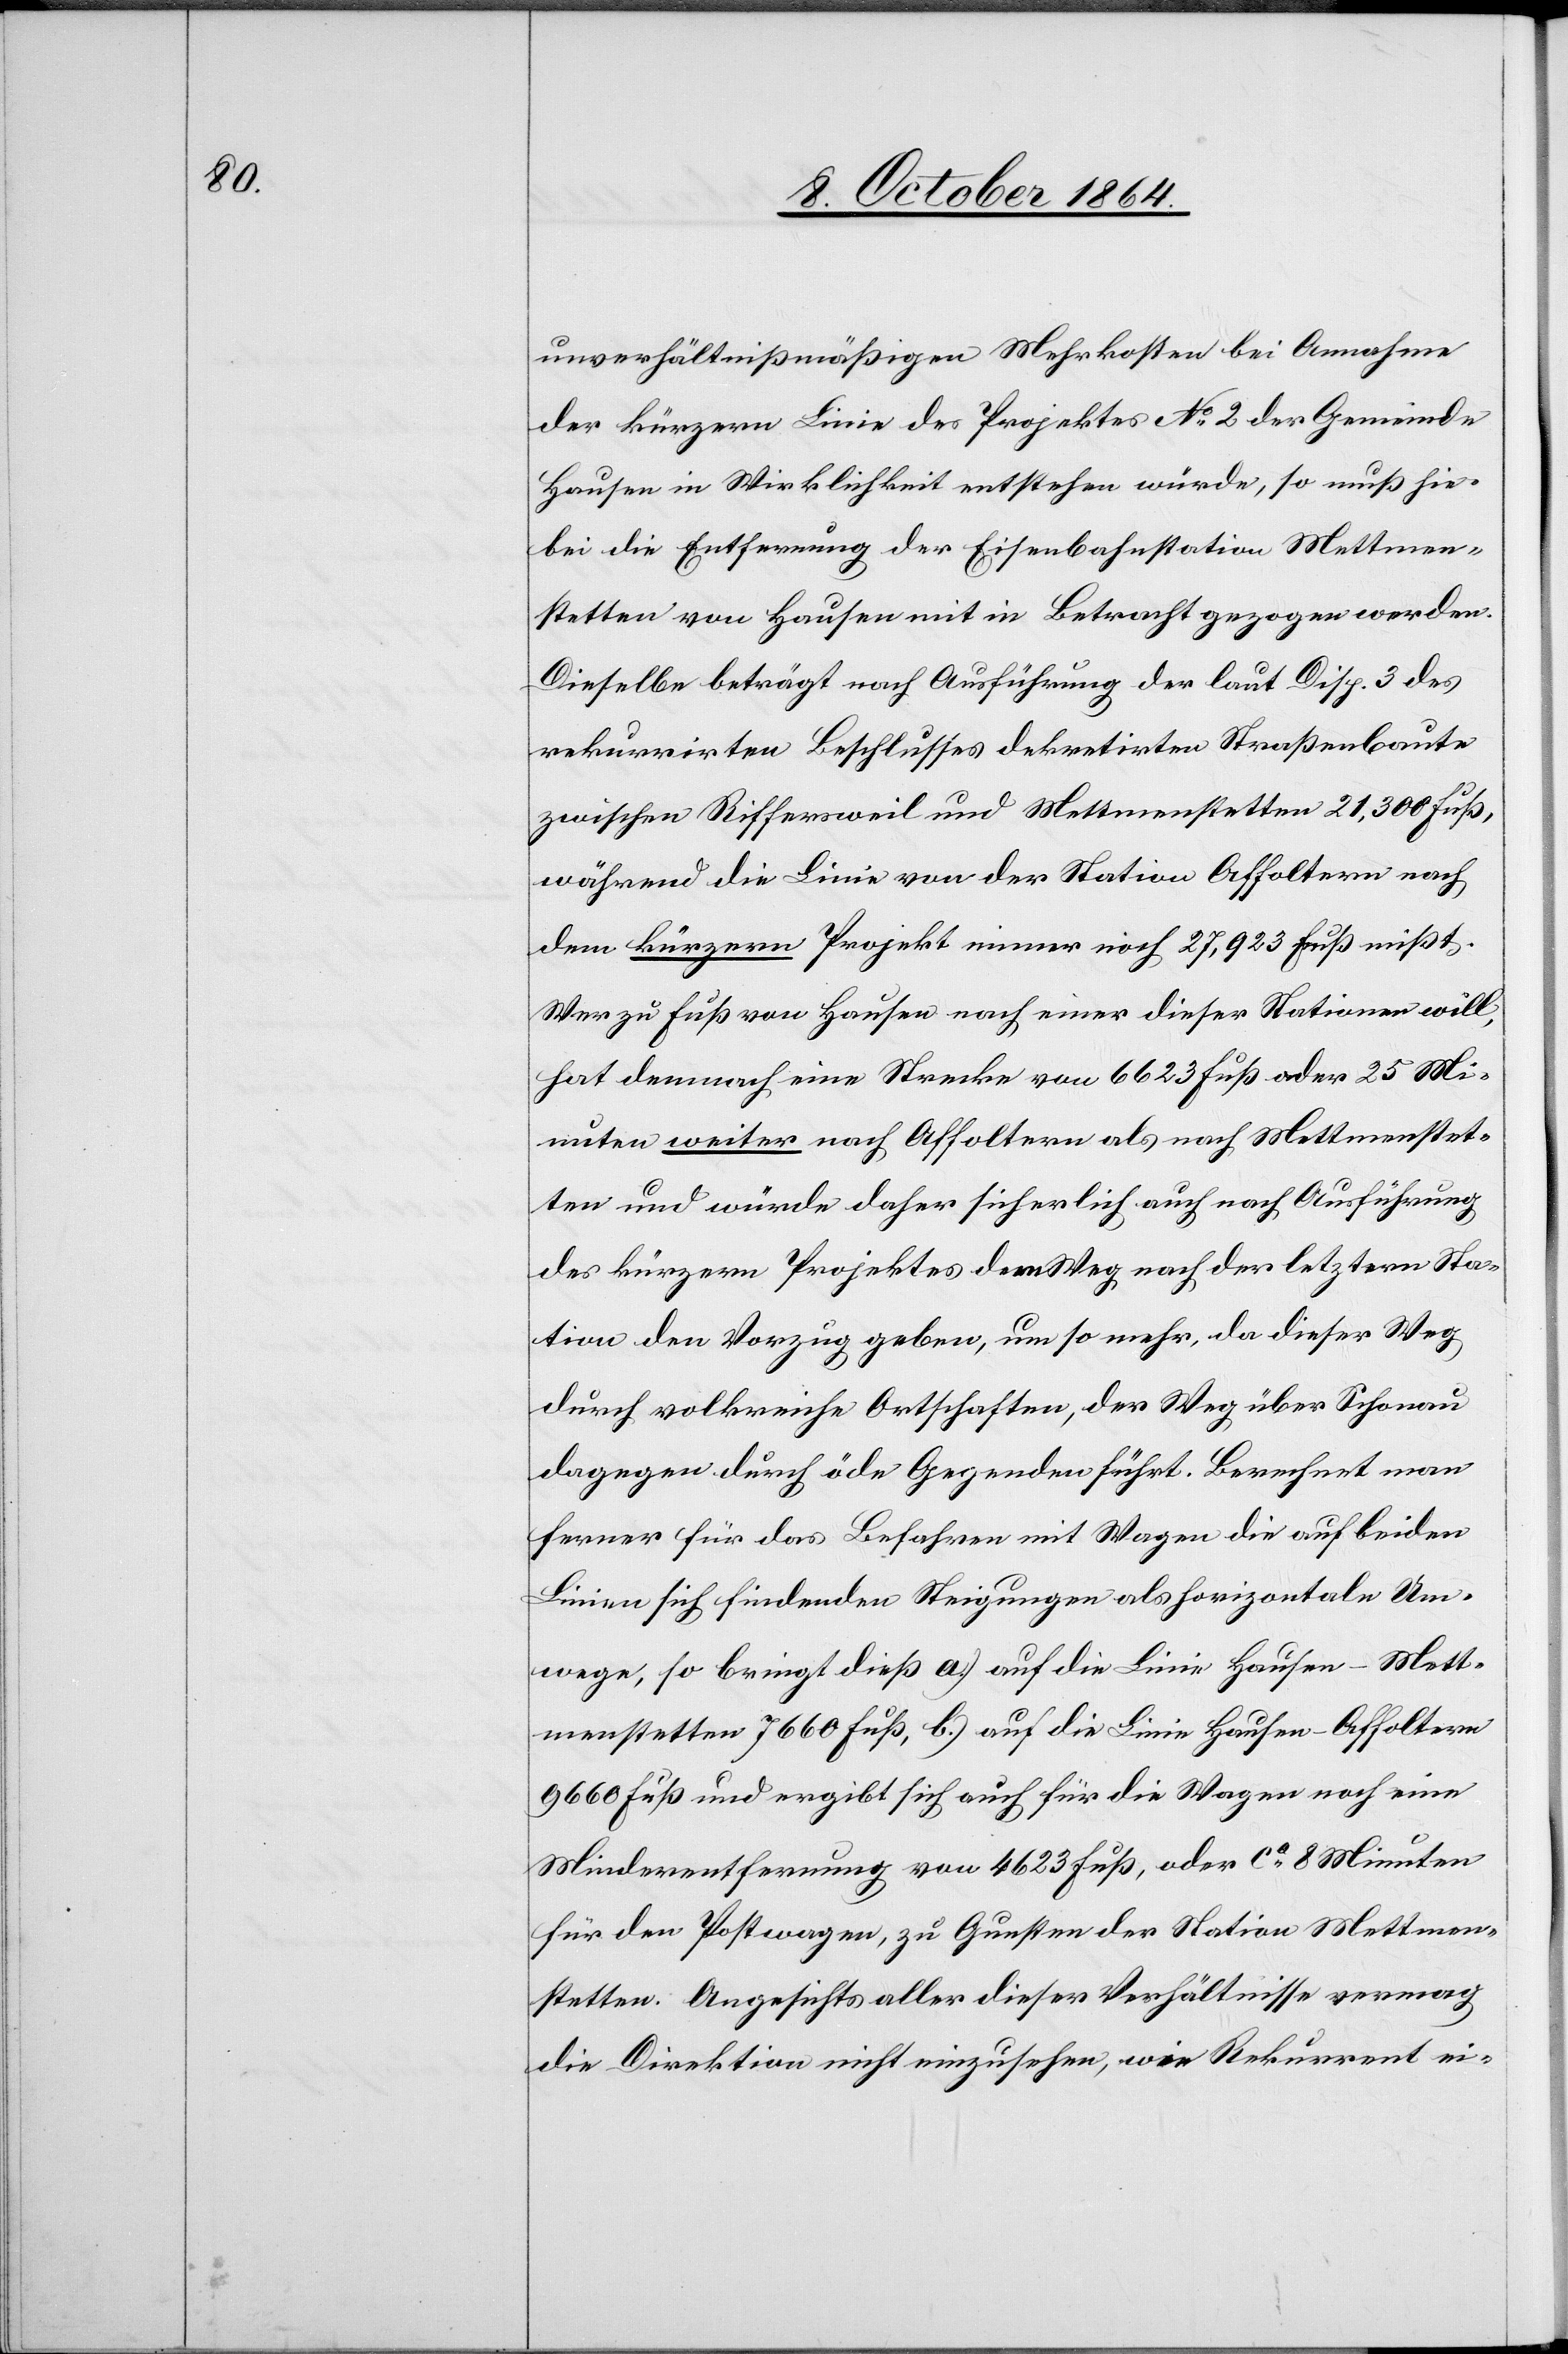
unverhältnißmäßigen Mehrkosten bei Annahme
der kürzern Linie des Projektes No 2 der Gemeinde
Hausen in Wirklichkeit entstehen würde, so muß hie¬
bei die Entfernung der Eisenbahnstation Mettmen¬
stetten von Hausen mit in Betracht gezogen werden.
Dieselbe beträgt nach Ausführung der laut Disp. 3 des
rekurrirten Beschlusses dekretirten Straßenbaute
zwischen Riffersweil und Mettmenstetten 21,300 Fuß,
während die Linie von der Station Affoltern nach
dem kürzern Projekt immer noch 27,923 Fuß mißt.
Wer zu Fuß von Hausen nach einer dieser Stationen will,
hat demnach eine Strecke von 6 623 Fuß oder 25 Mi¬
nuten weiter nach Affoltern als nach Mettmenstet¬
ten und würde daher sicherlich auch nach Ausführung
des kürzern Projektes dem Weg nach der letztern Sta¬
tion den Vorzug geben, um so mehr, da dieser Weg
durch volkreiche Ortschaften, der Weg über Schonau
dagegen durch öde Gegenden führt. Berechnet man
ferner für das Befahren mit Wagen die auf beiden
Linien sich findenden Steigungen als horizontale Um¬
wege, so bringt dieß a.) auf die Linie Hausen–Mett¬
menstetten 7 660 Fuß, b.) auf die Linie Hausen–Affoltern
9 600 Fuß und ergibt sich auch für die Wagen noch eine
Minderentfernung von 4 623 Fuß, oder ca 8 Minuten
für den Postwagen, zu Gunsten der Station Mettmen¬
stetten. Angesichts aller dieser Verhältnisse vermag
die Direktion nicht einzusehen, wie Rekurrent ei-